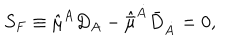
LaTeX: S _ { F } \equiv \hat { \mu } ^ { A } D _ { A } - \hat { \bar { \mu } } ^ { \dot { A } } { \bar { D } } _ { \dot { A } } = 0 ,